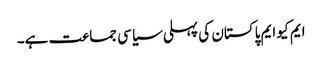
ایم کیو ایم پاکستان کی پہلی سیاسی جماعت ہے۔